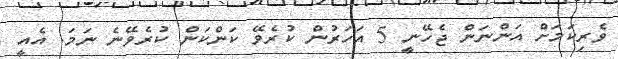
ވެރިކަމަށް އަންނަން ޖެހޭނީ 5 އަހަރުން ކުރެވޭ ކަންކަން ކުރެވޭނެ ނަމަ. އެއީ